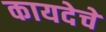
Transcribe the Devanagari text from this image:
कायदेचे